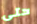
حتى